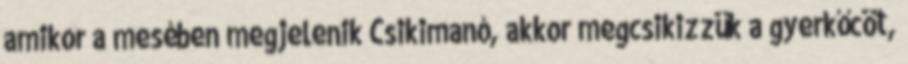
amikor a mesében megjelenik Csikimanó, akkor megcsikizzük a gyerkőcöt,